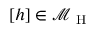
[ h ] \in \mathcal { M } _ { \mathrm { ~ H ~ } }